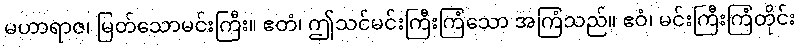
မဟာရာဇ၊ မြတ်သောမင်းကြီး။ ဧတံ၊ ဤသင်မင်းကြီးကြံသော အကြံသည်။ ဧဝံ၊ မင်းကြီးကြံတိုင်း